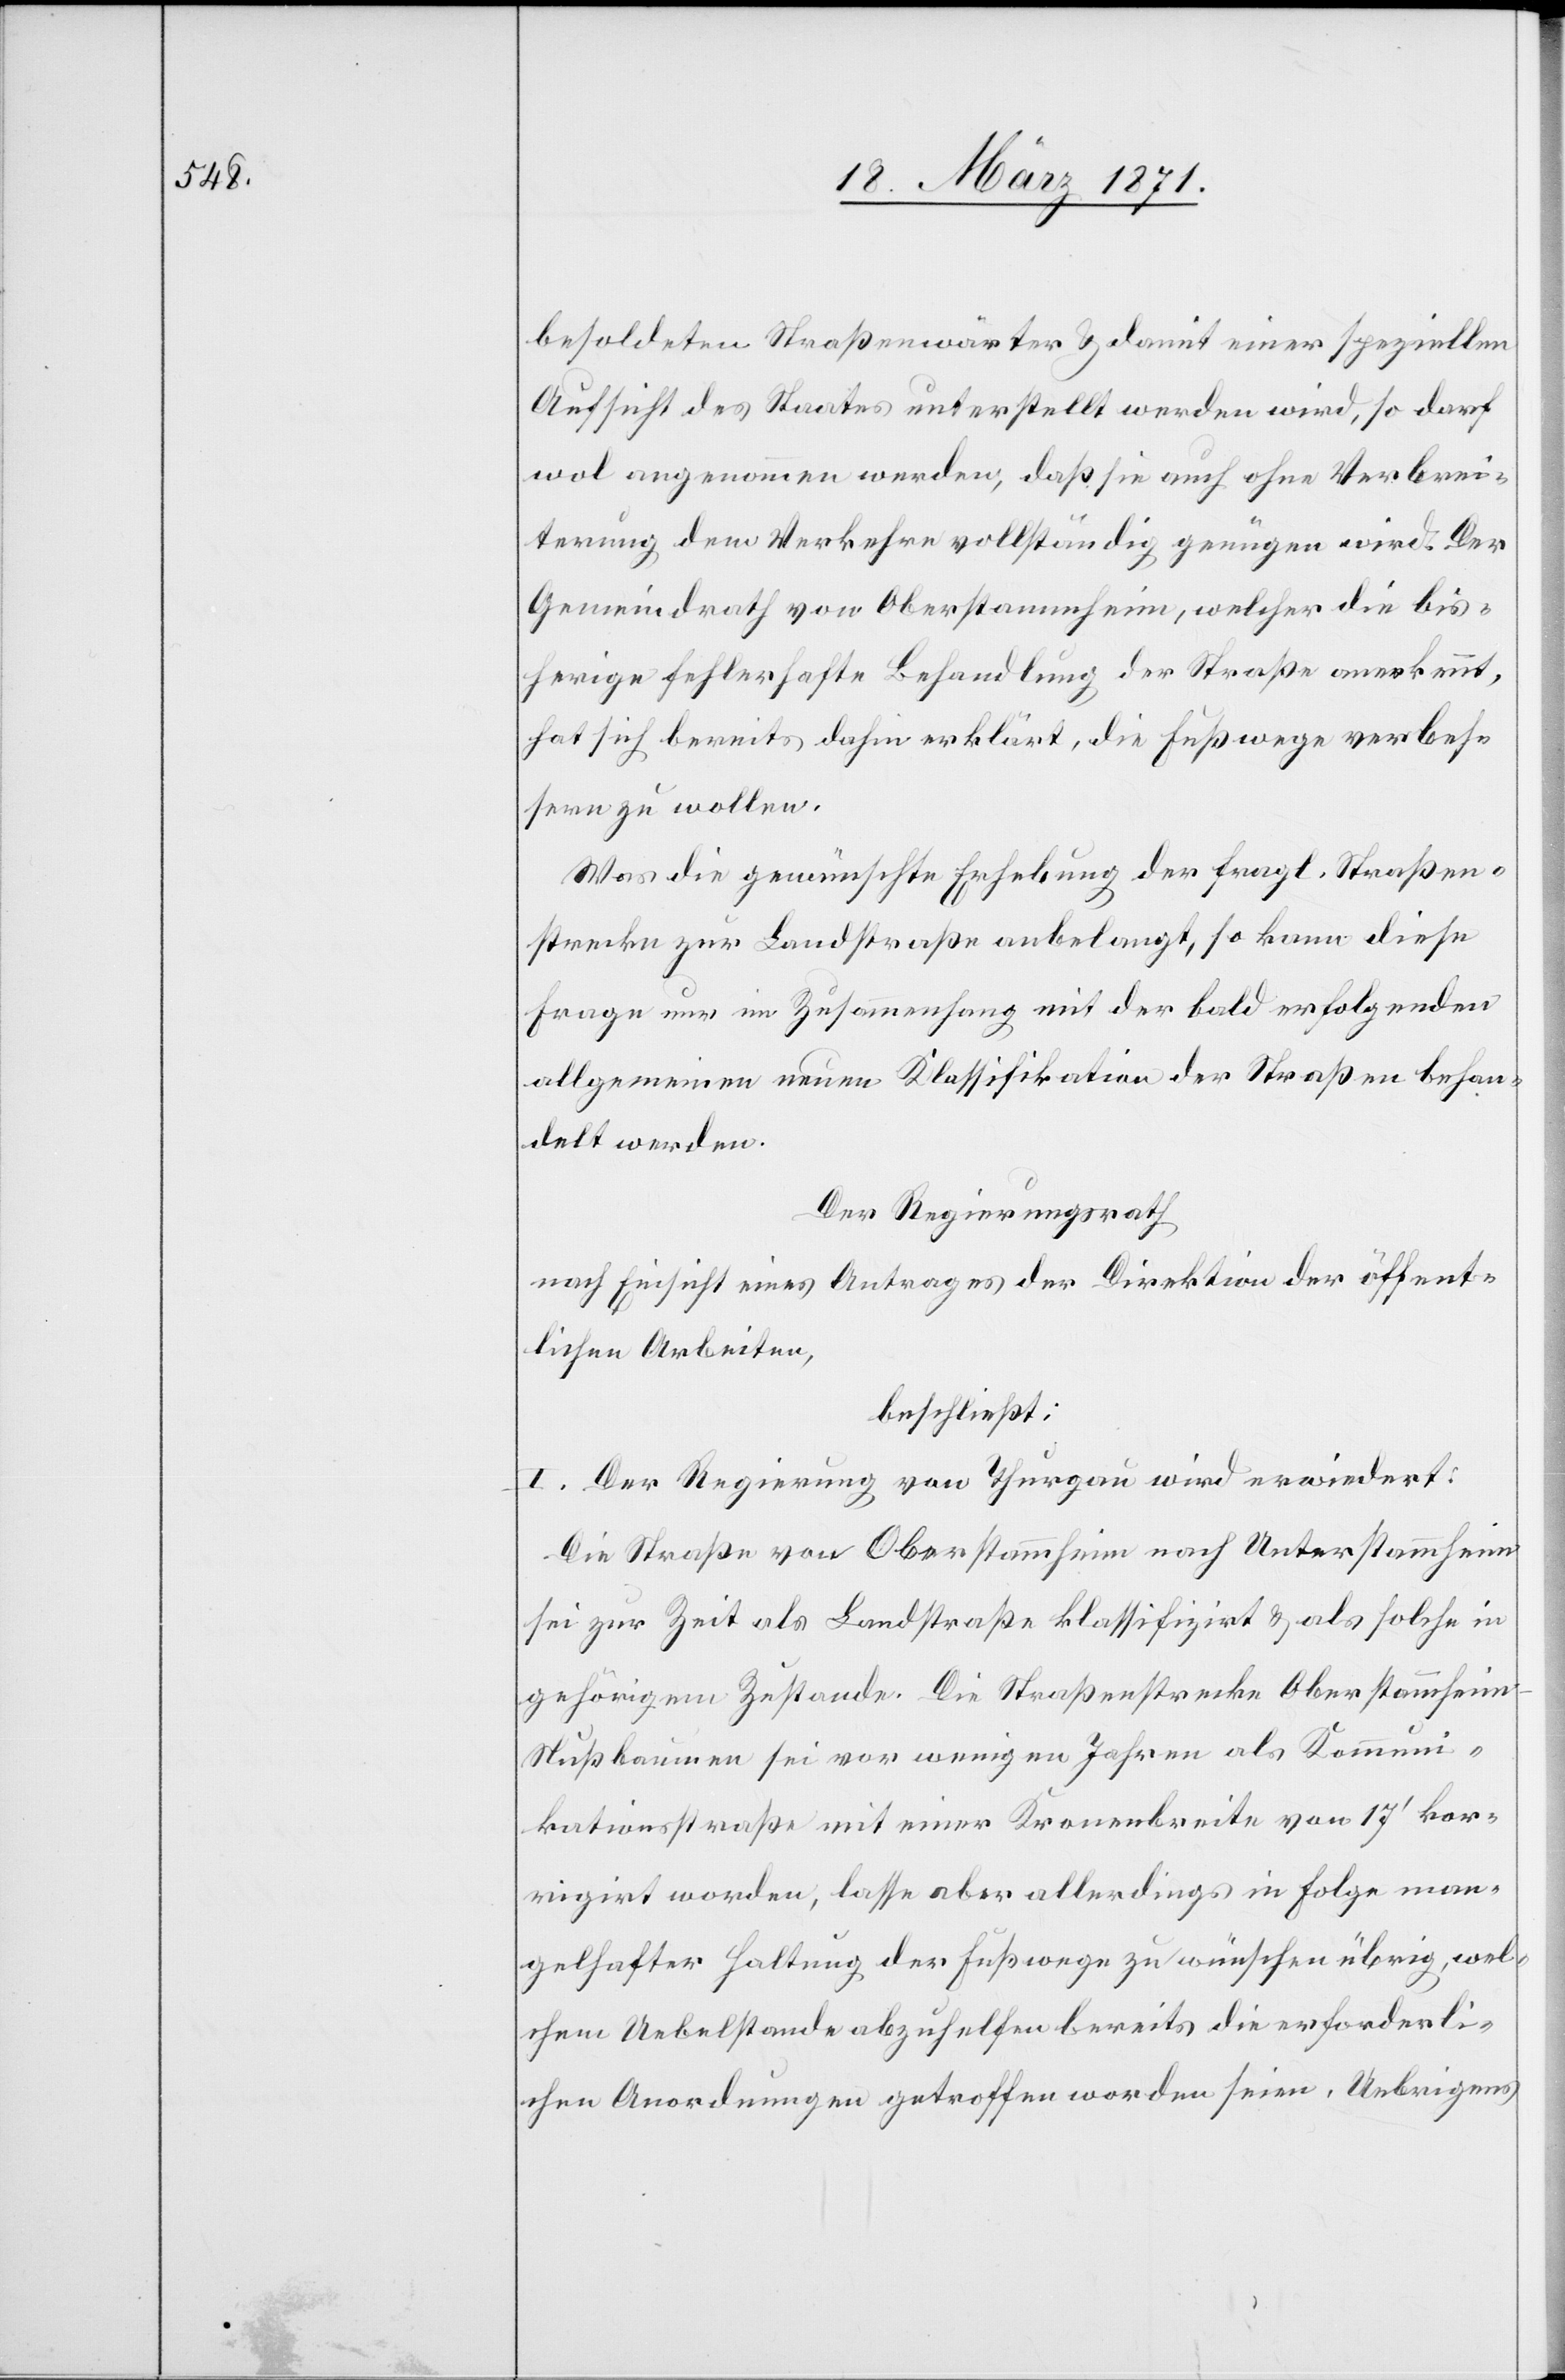
besoldeten Straßenwärter u. damit einer speziellen
Aufsicht des Staates unterstellt werden wird, so darf
wol angenommen werden, daß sie auch ohne Verbrei¬
terung dem Verkehre vollständig genügen wird. Der
Gemeindrath von Oberstammheim, welcher die bis¬
herige fehlerhafte Behandlung der Straße anerkannt,
hat sich bereits dahin erklärt, die Fußwege verbes¬
sern zu wollen.
Was die gewünschte Erhebung der fragl. Straßen¬
strecke zur Landstraße anbelangt, so kann diese
Frage nur im Zusammenhang mit der bald erfolgenden
allgemeinen neuen Klassifikation der Straße behan¬
delt werden.
Der Regierungsrath
nach Einsicht eines Antrages der Direktion der öffent¬
lichen Arbeiten,
beschließt:
I. Der Regierung von Thurgau wird erwiedert:
Die Straße von Oberstammheim nach Unterstammheim
sei zur Zeit als Landstraße klassifiziert u. als solche in
gehörigem Zustande. Die Straßenstrecke Oberstammhei¬
m-Nußbaumen sei vor wenigen Jahren als Kommuni¬
kationsstraße mit einer Kronenbreite von 17‘ kor¬
rigirt worden, lasse aber allerdings in Folge man¬
gelhafter Haltung der Fußwege zu wünschen übrig, wel¬
chem Uebelstande abzuhelfen bereits die erforderli¬
chen Anordnungen getroffen worden seien. Uebrigens